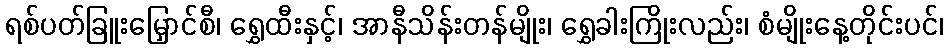
ရစ်ပတ်ခြူးမြှောင်စီ၊ ရွှေထီးနှင့်၊ အာနီသိန်းတန်မျိုး၊ ရွှေခါးကြိုးလည်း၊ စံမျိုးနေ့တိုင်းပင်၊